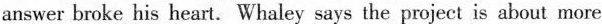
answer broke his heart. Whaley says the project is about more